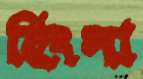
হিংসা